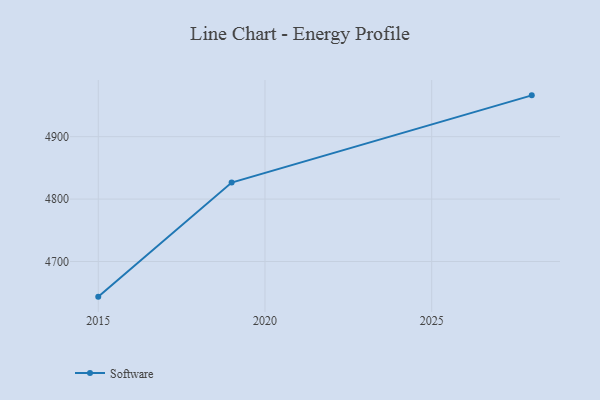
{"axis": {"x": "Year", "y": "Population (Million)"}, "legend": ["Software"], "data": [{"x": "2015", "y": 4643.7, "type": "Software"}, {"x": "2019", "y": 4826.5, "type": "Software"}, {"x": "2028", "y": 4966.2, "type": "Software"}]}